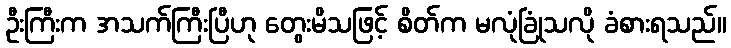
ဦးကြီးက အသက်ကြီးပြီဟု တွေးမိသဖြင့် စိတ်က မလုံခြုံသလို ခံစားရသည်။